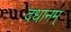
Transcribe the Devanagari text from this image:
दधानम्